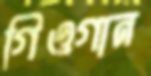
গিওগান